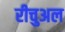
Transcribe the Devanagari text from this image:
रीचुअल